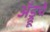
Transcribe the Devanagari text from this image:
अँड्रूचे